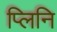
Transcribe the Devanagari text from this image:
प्लिनि